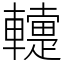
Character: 䡹